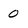
Character: 0